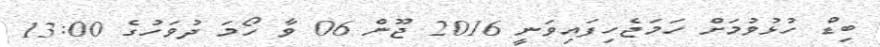
ބިޑް ހުޅުވުމަށް ހަމަޖެހިފައިވަނީ 2016 ޖޫން 06 ވާ ހޯމަ ދުވަހުގެ 13:00